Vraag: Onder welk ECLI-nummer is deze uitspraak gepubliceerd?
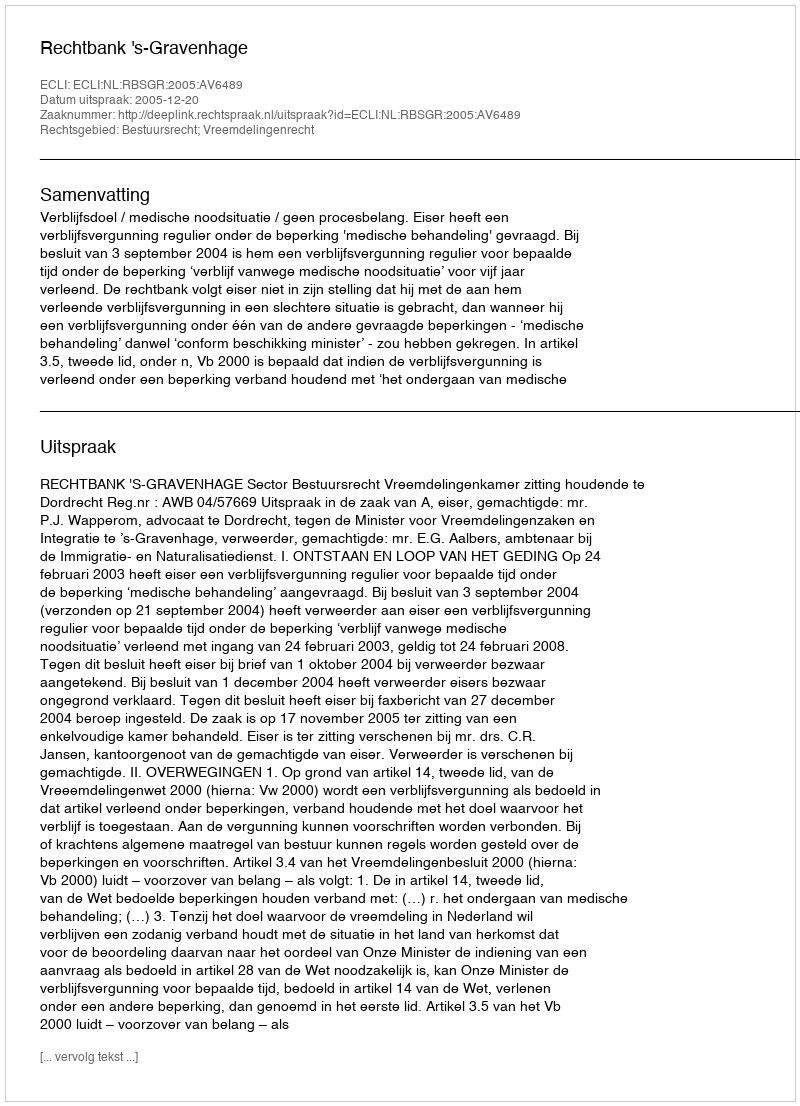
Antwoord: ECLI:NL:RBSGR:2005:AV6489